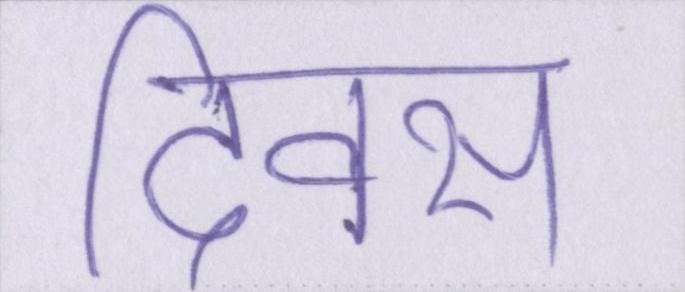
दिवस